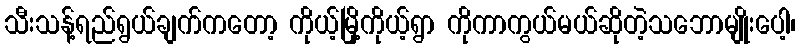
သီးသန့်ရည်ရွယ်ချက်ကတော့ ကိုယ့်မြို့ကိုယ့်ရွာ ကိုကာကွယ်မယ်ဆိုတဲ့သဘောမျိုးပေါ့၊